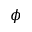
\phi